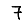
Digit: 7